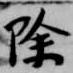
除